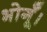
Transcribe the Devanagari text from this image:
भोगूँ।